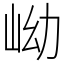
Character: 岰